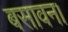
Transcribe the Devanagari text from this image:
बसावन।